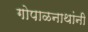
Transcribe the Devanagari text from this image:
गोपाळनाथांनी